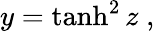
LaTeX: y=\operatorname{tanh}^{2}z\; ,